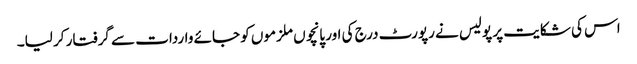
اس کی شکایت پر پولیس نے رپورٹ درج کی اور پانچوں ملزموں کو جائے واردات سے گرفتار کر لیا۔